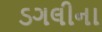
ડગલીના